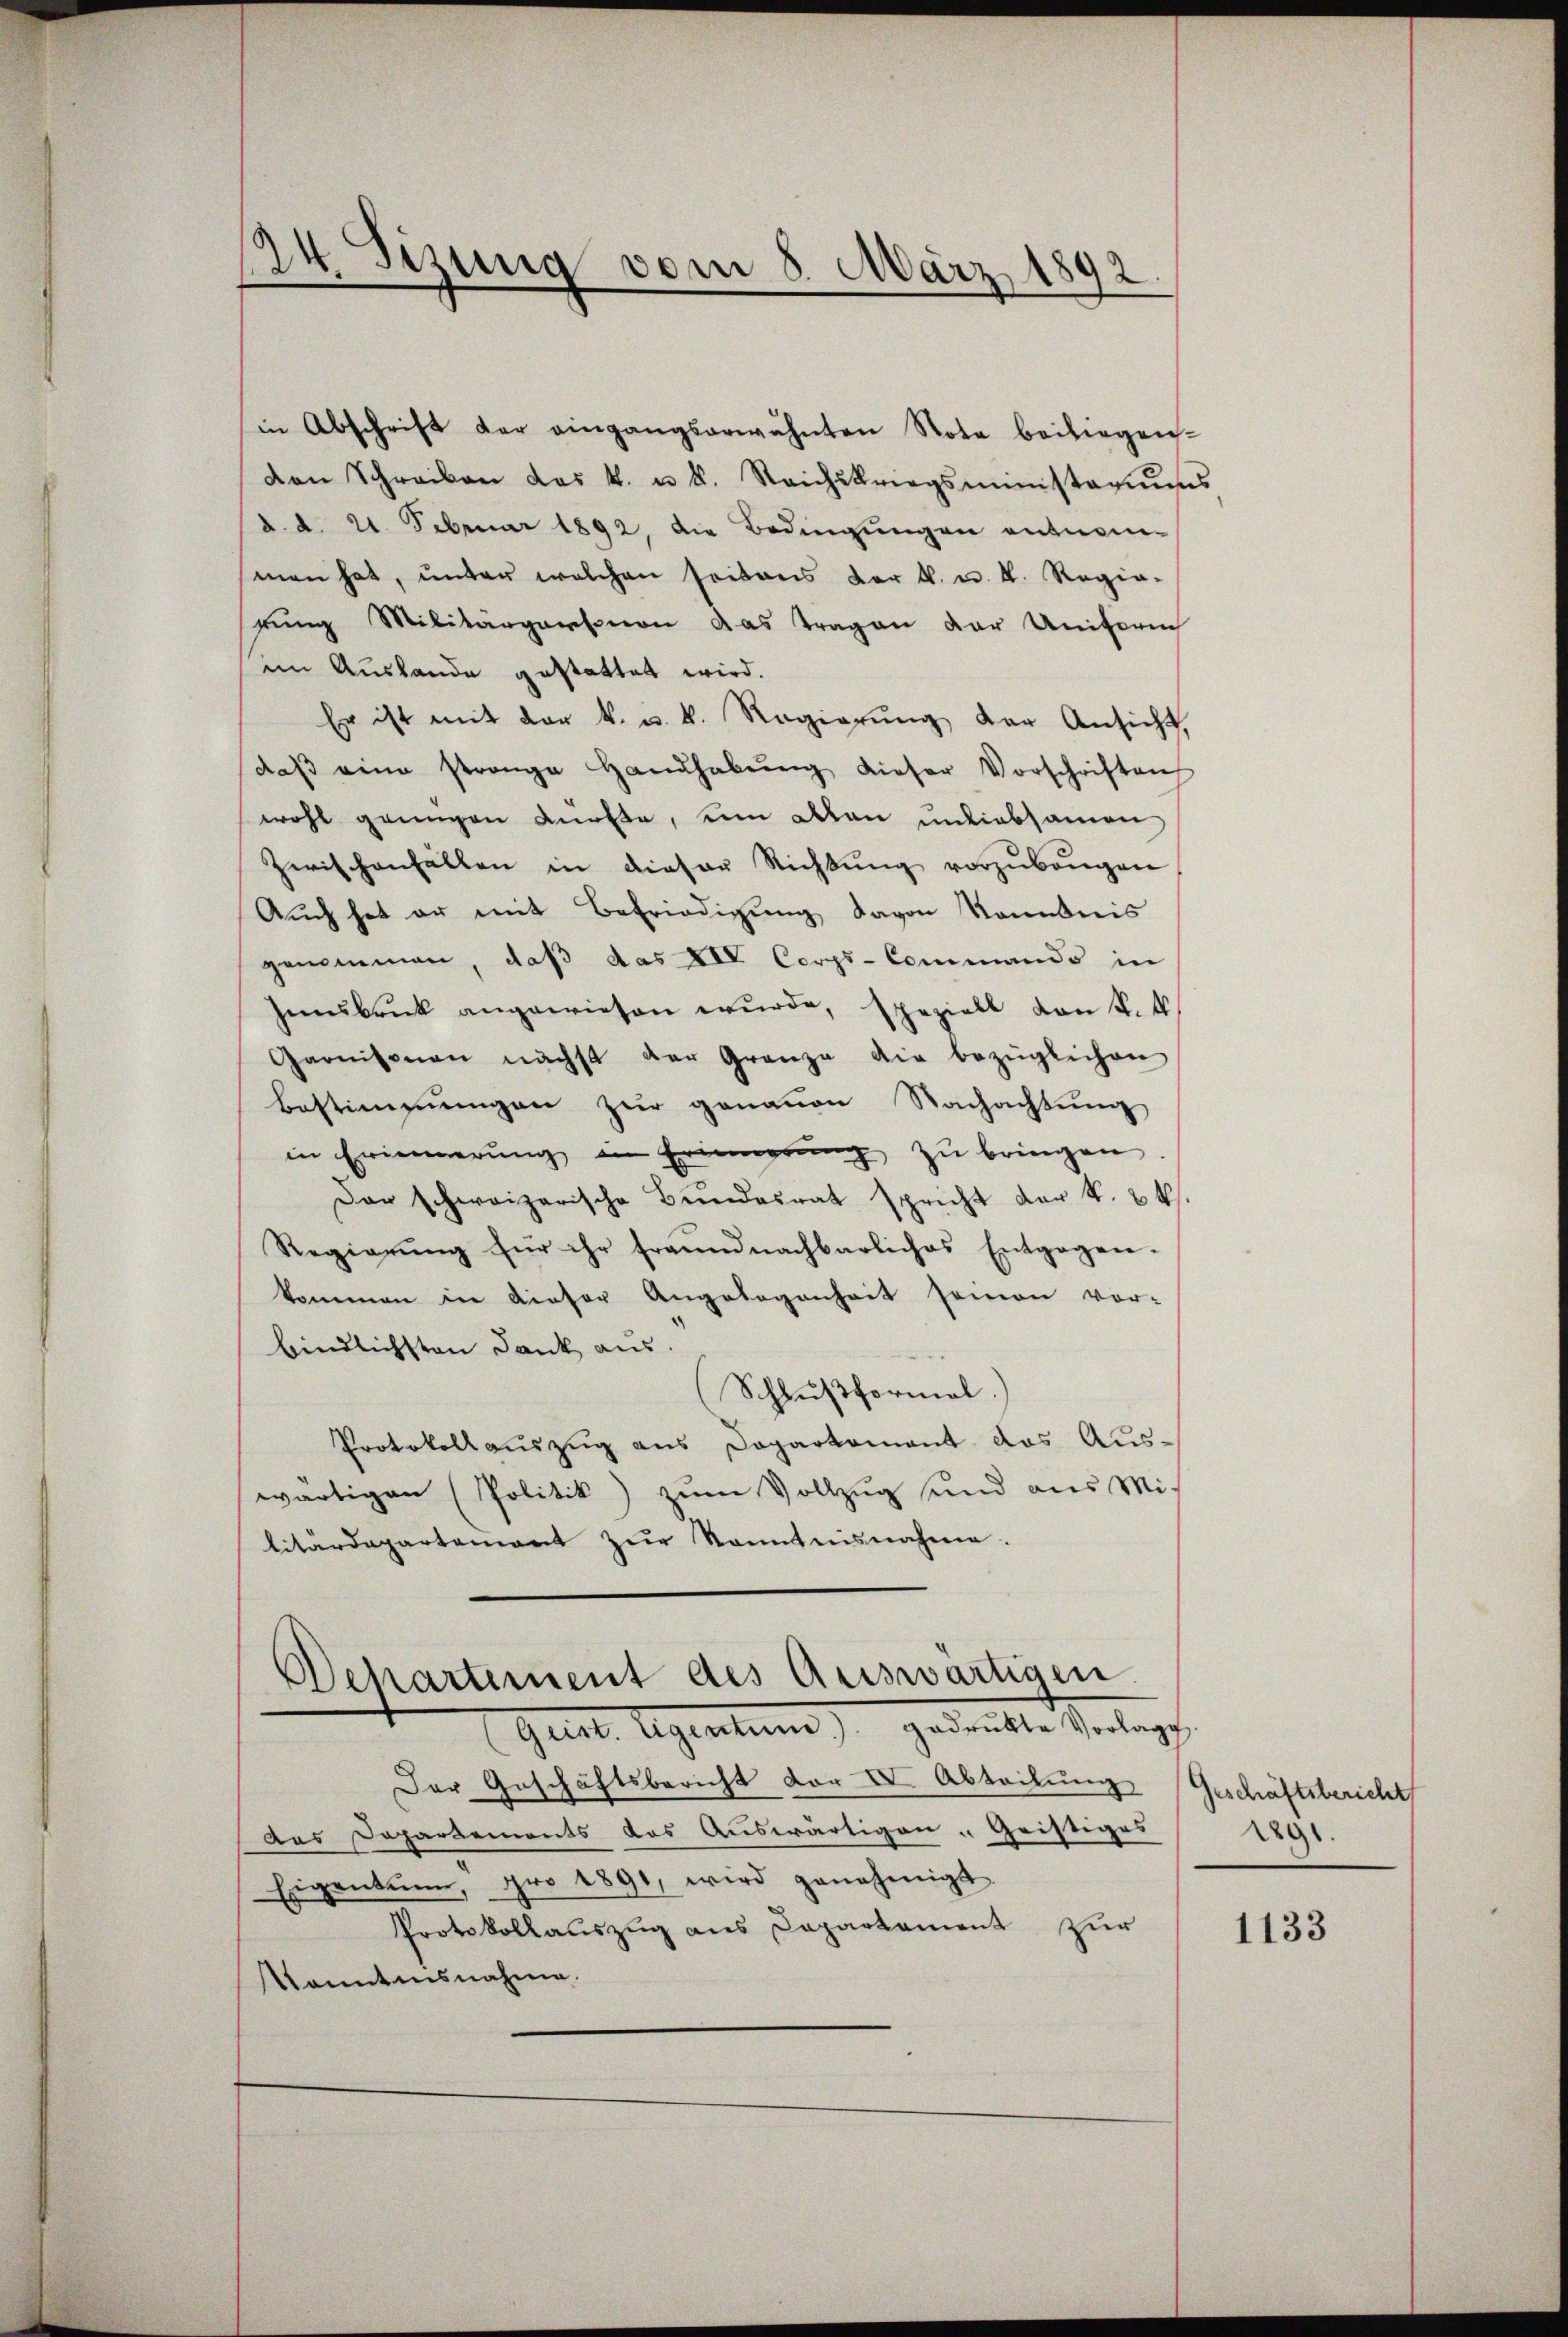
24. Sizung vom 8. März 1892.
.

in Abschrift der eingangserwähnten Nota beiliegen-
den Schreiben das k. u. k. Reichskriegsministeriums
d. d. 21. Februar 1892, die Bedingungen entnom-
men hat, ŭnter welchen seitens der k. u. k. Regia-
gŭng Militärgarsion das tragen der Uniform
im Auslande gestattet wird.
Er ist mit der k. u. k. Regierŭng der Ansicht,
daβ eine strenge Handhabŭng dieser Vorschriften
wohl genügen dürfte, um allen undiebsamen
Zwischenfällen in dieser Richtŭng vorzŭbeŭgen
Auch hat er mit Befriedigŭng davon Kenntnis
genommen, daß das XIV Corps-Commando in
Innsbruck angewiesen wŭrde, speziell von k.k
Garnisonen nächst der Granze die bezüglichen
Bestimmungen zur genauen Nachachtung
in Erinnerŭng in Erinnerung zŭ bringen.
Dar schweizerische Bŭndesrat spricht der k. k.
Regierŭng für ihr frannd nachbarliches Entgegen-
kommen in dieser Angelegenheit seinen vor-
bindlichsten Dank aus.
Schlußformal.
Protokollauszug aus Dapartement das Aus-
wärtigen (Politik) zum Vollzug und aus Mi
litärdepartement zur Kenntnisnahme.
Departement des Auswärtigen.
Geist. Eigentum) gedrukte Vorlag
Der Geschäftsbericht vor VV. Abteilung Geschäftsbericht
das Departements das Auswärtigen - Gristiges
Eigentum, pro 1891, wird genehmigt.
Protokollauszug aus Capartament zur
Vanntnisnahme.

1890.

1133